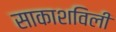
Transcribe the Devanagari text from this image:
साकाशविली